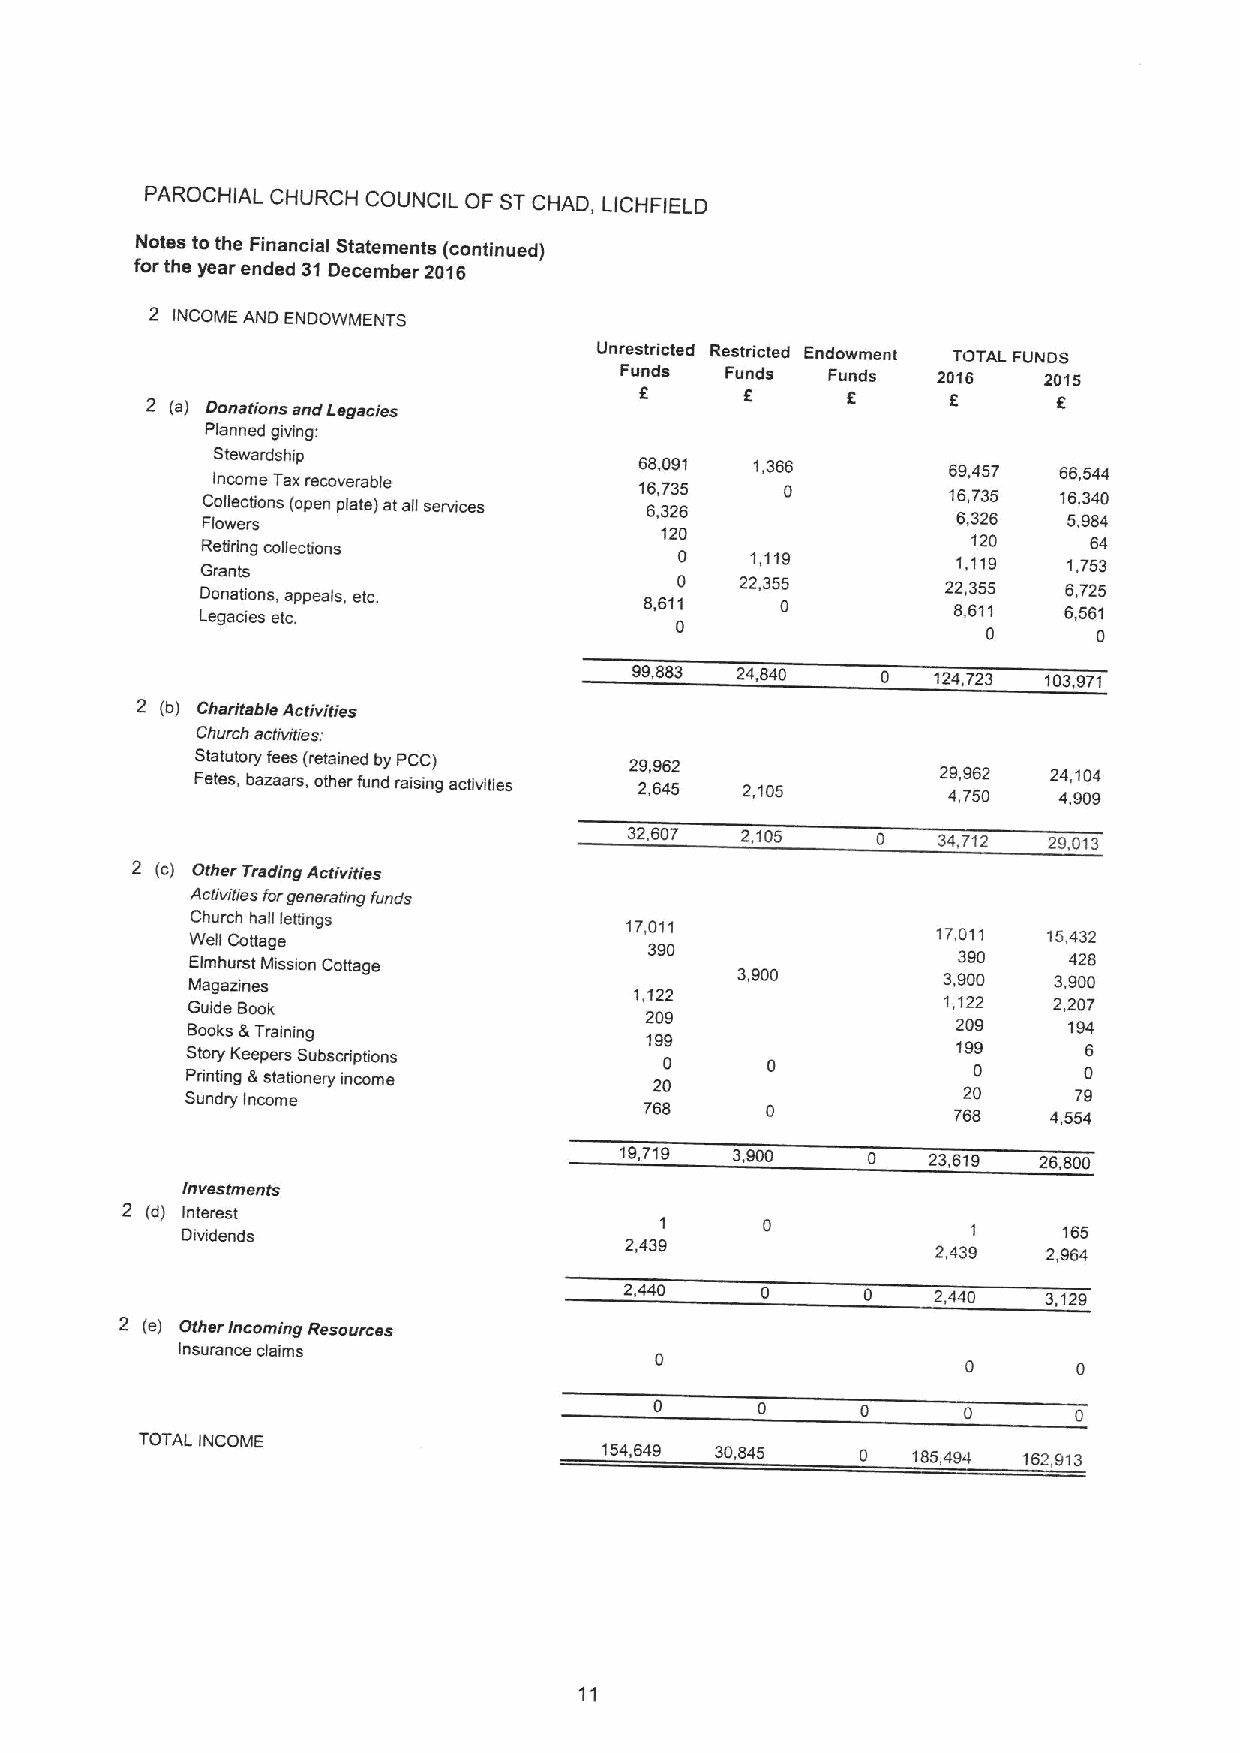
PAROCHIAL CHURCH COUNCIL OF STCHAD, LICHFIELD
 Notes tothe Financial Statements (continued)
 for the year ended 31December 2016
 2 INCOME AND ENDOWMENTS
 Unrestricted Restricted Endowment TOTAL FUNDS
 Funds  Funds  Funds  2016   2015
 2 (a) Donations and Legacies    6      6      6      6
 Planned giving:
 Stewardship
 Income Taxrecoverable
 68,091  1,366        69,457 66,544
 FC lo ol wle ec rt sions (open plate) at all services 1 66 ,, 37 23 65 0 1 66 ,, 37 23 65 1 56 ,, 93 84 40
 120
 Retiring collections                               120     64
 0    1,119        1,119   1,753
 Grants
 LD eo gn aa cti io en ss, eta cp .peals, etc. 8,6110 22,35 05 22 8, ,63 15 15 66 ,, 57 62 15
 0
 0       0
 99,883 24,840   0   124,723 103,971
 2 (b) Charitable Activities
 Church activities:
 Statutory fees (retained by PCC) 29,962
 Fetes, bazaars, other fund raising activities 2,645 2,105 2 49 ,,9 756 02 2 44 ,, 91 00 94
 32,607 2,105    0   34,712 29,013
 2 (c) Other Trading Activities
 Activities forgenerating funds
 Church hall lettings        17,011
 Well Cottage                                     17,011 15,432
 390
 Elmhurst Mission Cottage                          390     428
 Magazines                            3,900        3,900   3,900
 1,122
 Guide Book                                        1,122   2,207
 209
 Books &Training                199                 209     194
 Story Keepers Subscnptions                         199      6
 0
 Printing &stationery income    20                   0       0
 Sundry Income                                       20     79
 768
 768    4,554
 19,719  3,900   0   23,619  26,800
 Investments
 2 (d) Interest
 Dividends                       1     0             1     165
 2,439
 2,439  2,964
 2,440    0      0    2,440  3,129
 2 (e) Other Incoming Resources
 Insurance claims
 0      0      0      0      0
 TOTAL INCOME
 154,649 30,845   0  185,494 162,913
 11